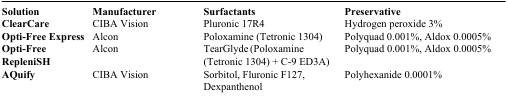
| Solution | Manufacturer | Surfactants | Preservative |
 | --- | --- | --- | --- |
 | ClearCare | CIBA Vision | Pluronic 17R4 | Hydrogen peroxide 3% |
 | Opti-Free Express | Alcon | Poloxamine (Tetronic 1304) | Polyquad 0.001%, Aldox 0.0005% |
 | Opti-Free RepleniSH | Alcon | TearGlyde (Poloxamine (Tetronic 1304) + C-9 ED3A) | Polyquad 0.001%, Aldox 0.0005% |
 | AQuify | CIBA Vision | Sorbitol, Fluronic F127, Dexpanthenol | Polyhexanide 0.0001% |